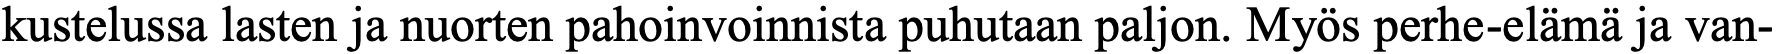
kustelussa lasten ja nuorten pahoinvoinnista puhutaan paljon. Myös perhe-elämä ja van-